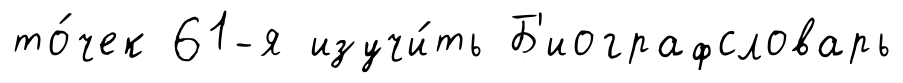
то́чек 61-я изучи́ть Б'иографсловарь